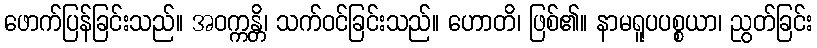
ဖောက်ပြန်ခြင်းသည်။ အဝက္ကန္တိ၊ သက်ဝင်ခြင်းသည်။ ဟောတိ၊ ဖြစ်၏။ နာမရူပပစ္စယာ၊ ညွတ်ခြင်း